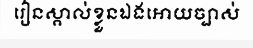
រៀនស្គាល់ខ្លួនឯងអោយច្បាស់